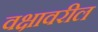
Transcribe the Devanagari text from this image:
वक्षावरील